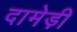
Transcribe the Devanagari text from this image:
दामेड़ी